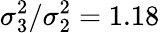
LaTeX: \sigma_{3}^{2}/\sigma_{2}^{2}=1.18